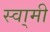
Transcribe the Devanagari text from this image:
स्वा्मी